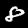
Digit: 8